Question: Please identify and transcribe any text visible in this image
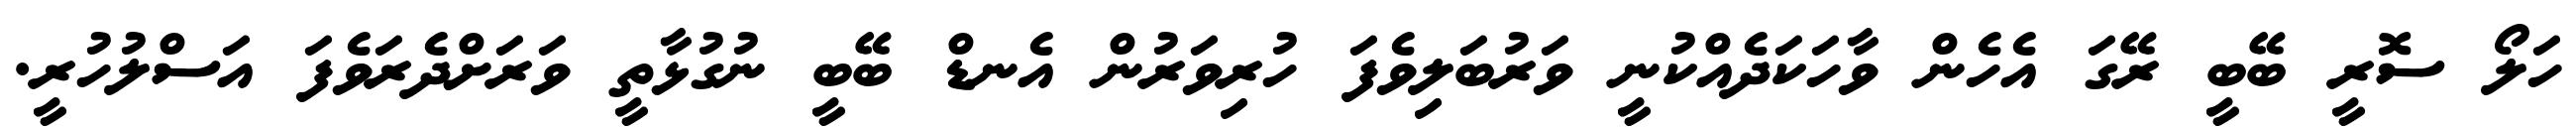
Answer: ހަލޯ ސޮރީ ބޭބީ ރޭގަ އެހެން ވާހަކަދެއްކުނީ ވަރުބަލިވެފަ ހުރިވަރުން އެނޑް ބޭބީ ނުގުޅާތީ ވަރަށްދެރަވެފަ އަސްލުހުރީ.